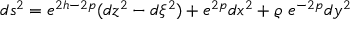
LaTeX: d s ^ { 2 } = e ^ { 2 h - 2 p } ( d z ^ { 2 } - d \xi ^ { 2 } ) + e ^ { 2 p } d x ^ { 2 } + \varrho \, \, e ^ { - 2 p } d y ^ { 2 }